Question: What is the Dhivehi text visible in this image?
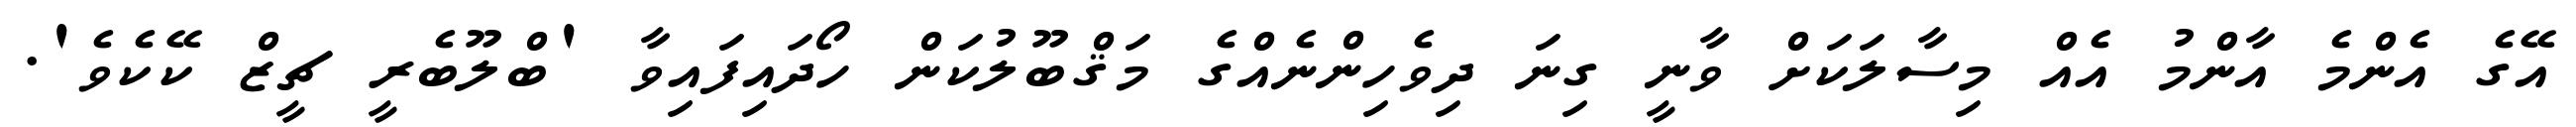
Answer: އޭގެ އެންމެ އާންމު އެއް މިސާލަކަށް ވާނީ ގިނަ ދިވެހިންނެއްގެ މަޤްބޫލުކަން ހޯދައިފައިވާ 'ބްލޫބެރީ ޗީޒް ކޭކެވެ'.